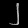
Digit: ၂